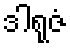
ဒါရုဇံ